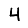
Digit: 4